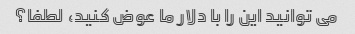
می توانید این را با دلار ما عوض کنید، لطفا؟